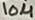
Text: 10µ